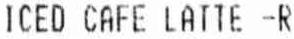
ICED CAFE LATTE -R